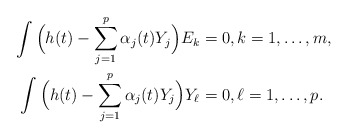
\begin{align*} \int \Big( h(t)-\sum_{j=1}^p \alpha_j(t)Y_j \Big)E_k&=0, k=1,\ldots,m,\\\int \Big( h(t)-\sum_{j=1}^p \alpha_j(t)Y_j \Big)Y_{\ell}&=0,\ell=1,\ldots,p. \end{align*}